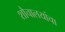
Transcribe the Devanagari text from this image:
शौचालयांचा